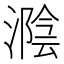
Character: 𣼩